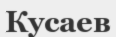
Кусаев